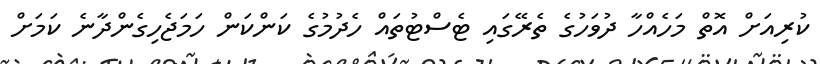
ކުރިއަށް އޮތް މަހެއްހާ ދުވަހުގެ ތެރޭގައި ޓެސްޓުތައް ހެދުމުގެ ކަންކަން ހަމަޖެހިގެންދާނެ ކަމަށް